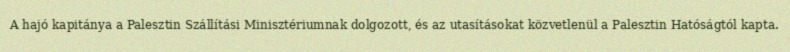
A hajó kapitánya a Palesztin Szállítási Minisztériumnak dolgozott, és az utasításokat közvetlenül a Palesztin Hatóságtól kapta.